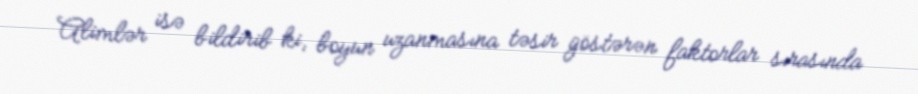
Alimlər isə bildirib ki, boyun uzanmasına təsir göstərən faktorlar sırasında